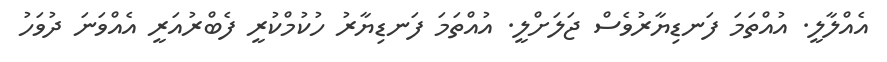
އެއްލާލީ. އުއްތަމަ ފަނޑިޔާރުވެސް ޖަލަށްލީ. އުއްތަމަ ފަނޑިޔާރު ހުކުމްކުރީ ފެބްރުއަރީ އެއްވަނަ ދުވަހު